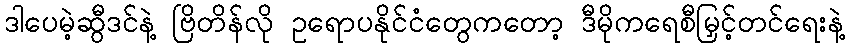
ဒါပေမဲ့ဆွီဒင်နဲ့ ဗြိတိန်လို ဥရောပနိုင်ငံတွေကတော့ ဒီမိုကရေစီမြှင့်တင်ရေးနဲ့